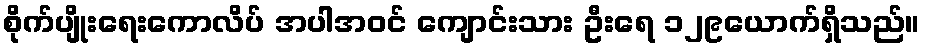
စိုက်ပျိုးရေးကောလိပ် အပါအဝင် ကျောင်းသား ဦးရေ ၁၂၉ယောက်ရှိသည်။